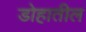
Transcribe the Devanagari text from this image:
डोहातील